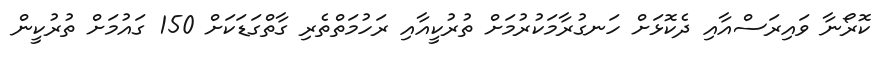
ކޮރޯނާ ވައިރަސްއާއި ދެކޮޅަށް ހަނގުރާމަކުރުމަށް ތުރުކީއާއި ރަހުމަތްތެރި ގާތްގަޑަކަށް 150 ގައުމަށް ތުރުކީން